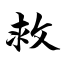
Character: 救